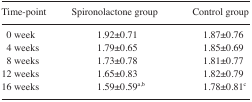
| Time-point | Spironolactone group | Control group |
 | --- | --- | --- |
 | 0 week | 1.92±0.71 | 1.87±0.76 |
 | 4 weeks | 1.79±0.65 | 1.85±0.69 |
 | 8 weeks | 1.73±0.78 | 1.81±0.77 |
 | 12 weeks | 1.65±0.83 | 1.82±0.79 |
 | 16 weeks | 1.59±0.59a,b | 1.78±0.81c |